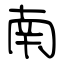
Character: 南